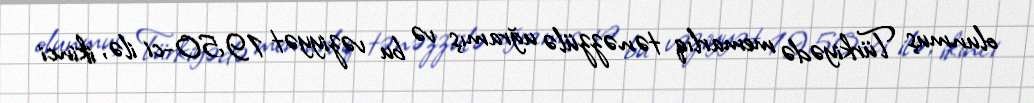
olunmuş Türkiyədə memarlıq tənəzzülə uğramış və bu vəziyyət 1950-ci ilə, ikinci